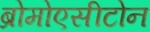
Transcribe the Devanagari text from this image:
ब्रोमोएसीटोन